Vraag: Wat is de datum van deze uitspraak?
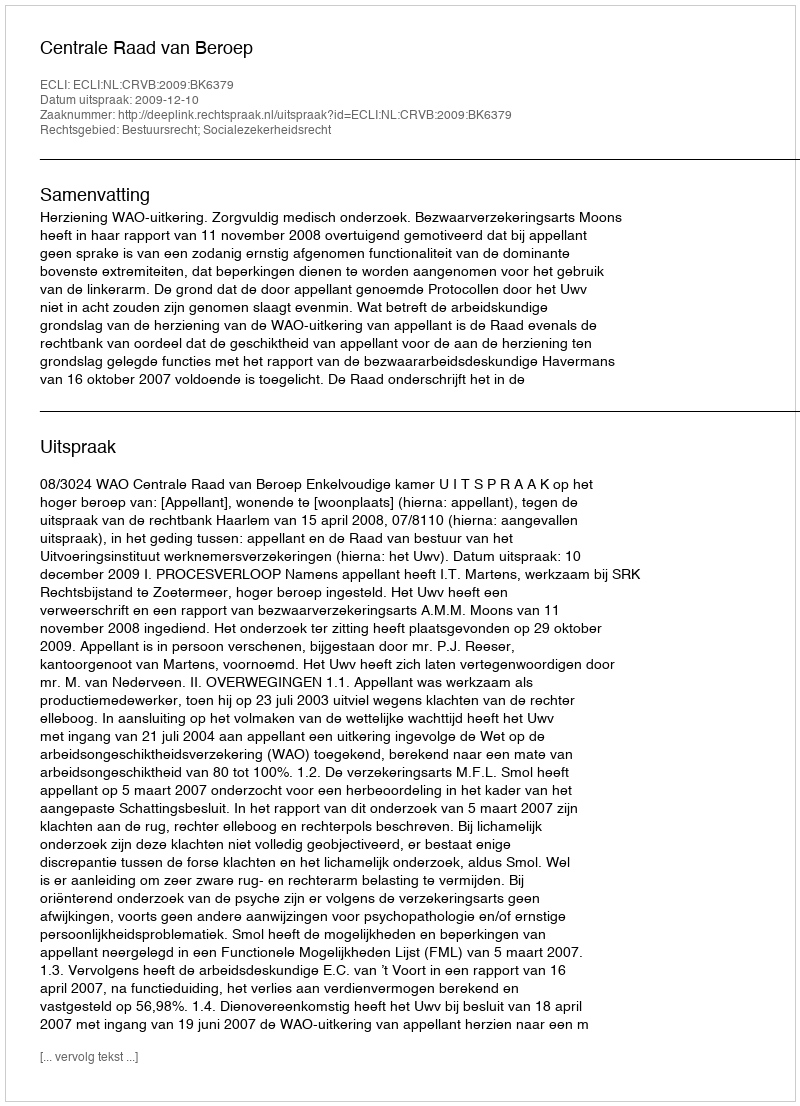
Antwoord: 2009-12-10